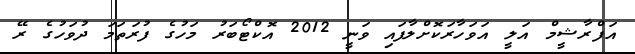
އަފްރާޝީމް އަލީ އަވަހާރަކޮށްލާފައި ވަނީ 2012 އޮކްޓޯބަރު މަހުގެ ފުރަތަމަ ދުވަހުގެ ރޭ